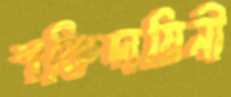
শক্তিদায়িনী